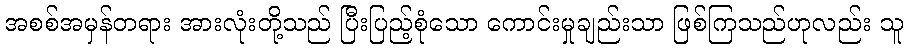
အစစ်အမှန်တရား အားလုံးတို့သည် ပြီးပြည့်စုံသော ကောင်းမှုချည်းသာ ဖြစ်ကြသည်ဟုလည်း သူ